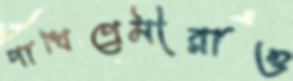
পাখিপ্রেমীরাও